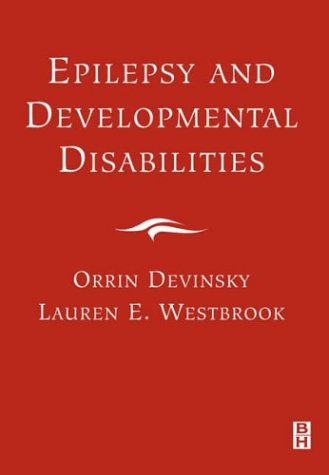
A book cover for Epilepsy and Developmental Disabilities, 1e; Orrin Devinsky MD; Health, Fitness & Dieting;